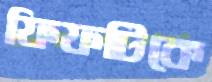
ফিফটিকে